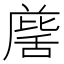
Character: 𮍹